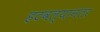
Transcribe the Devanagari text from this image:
हटवल्यानंतर